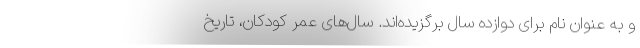
و به عنوان نام برای دوازده سال برگزیده‌اند. سال‌های عمر کودکان، تاریخ